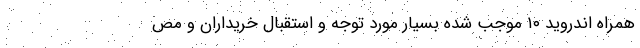
همراه اندروید ۱۰ موجب شده بسیار مورد توجه و استقبال خریداران و مص